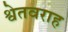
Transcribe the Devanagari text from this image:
श्वेतवराह